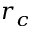
r _ { c }